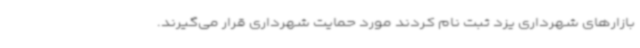
بازارهای شهرداری یزد ثبت نام کردند مورد حمایت شهرداری قرار می‌گیرند.